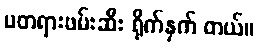
မတရားဖမ်းဆီး ရိုက်နှက် တယ်။